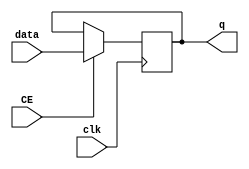
`timescale 1ns / 1ps

module D_trigger_out1(
                 input clk,
                 input CE,
                 input data,
                 output reg q);
                 
    always @(posedge clk) begin
            if (CE) begin
                q <= data;
            end
    end
    
    initial
    q <= 0;
    
endmodule